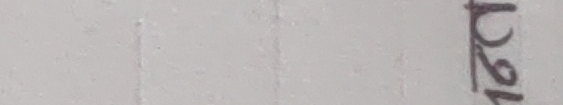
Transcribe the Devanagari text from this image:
पटेल